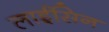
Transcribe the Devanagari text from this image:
लाईसिन